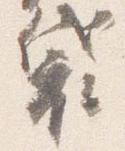
袋